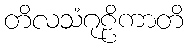
တိလသံဂုဠိကာတိ